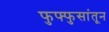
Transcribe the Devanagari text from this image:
फुफ्फुसांतून